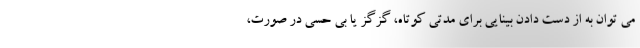
می توان به از دست دادن بینایی برای مدتی کوتاه، گزگز یا بی حسی در صورت،